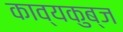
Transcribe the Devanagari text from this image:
काव्यकुब्ज